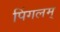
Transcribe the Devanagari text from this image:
पिंगलम्